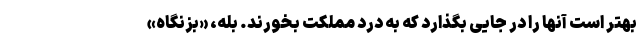
بهتر است آنها را در جایی بگذارد که به درد مملکت بخورند. بله، «بزنگاه»